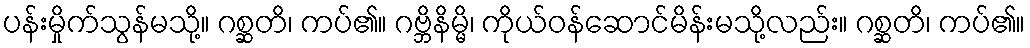
ပန်းမှိုက်သွန်မသို့။ ဂစ္ဆတိ၊ ကပ်၏။ ဂဗ္ဘိနိမ္မိ၊ ကိုယ်ဝန်ဆောင်မိန်းမသို့လည်း။ ဂစ္ဆတိ၊ ကပ်၏။